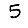
Digit: 5